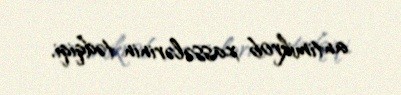
antimikrob xassələrinin tədqiqi.